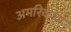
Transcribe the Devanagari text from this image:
अमरिकेचा